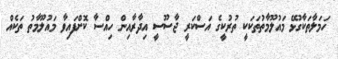
ހަމަލާތަކާގުޅޭ މައުލޫމާތުތަކަކީ ތުރުކީގެ އަސްކަރީ ޖާސޫސީ އިދާރާއިން ހިއްސާ ކޮށްފައިވާ މައުލޫމާތު ތަކެއް